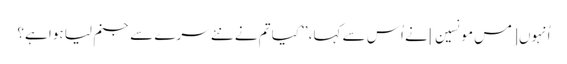
اُنہوں [مس مونسین] نے اُس سے کہا، ’’کیا تم نے نئے سرے سے جنم لیا ہوا ہے؟